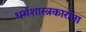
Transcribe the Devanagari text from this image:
धर्मशास्त्रकारांना